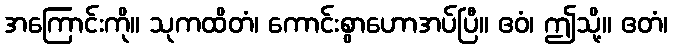
အကြောင်းကို။ သုကထိတံ၊ ကောင်းစွာဟောအပ်ပြီ။ ဧဝံ၊ ဤသို့။ ဧတံ၊